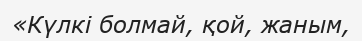
«Күлкі болмай, қой, жаным,